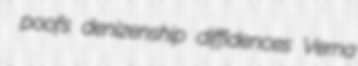
poofs denizenship diffidences Verna